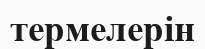
термелерін